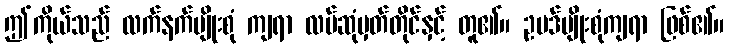
ဤကိုယ်သည် လက်နက်မျိုးစုံ ကျရာ လမ်ဆုံမှတ်တိုင်နှင့် တူ၏။ ဥပဒ်မျိုးစုံကျရာ ဖြစ်၏။